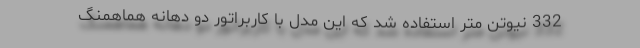
332 نیوتن متر استفاده شد که این مدل با کاربراتور دو دهانه هماهمنگ